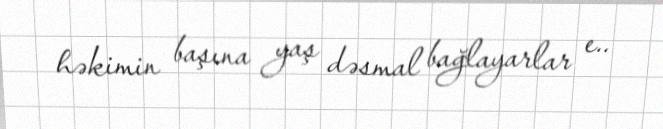
həkimin başına yaş dəsmal bağlayarlar e..